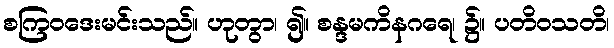
စကြဝဒေးမင်းသည်။ ဟုတွာ၊ ၍။ စန္ဒမကိနဂရေ၊ ၌။ ပတိဝသတိ၊